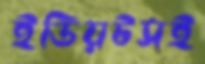
ইডিয়টসই